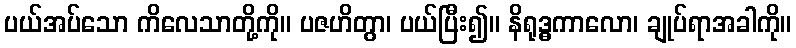
ပယ်အပ်သော ကိလေသာတို့ကို။ ပဇဟိတွာ၊ ပယ်ပြီး၍။ နိရုဒ္ဓကာလော၊ ချုပ်ရာအခါကို။